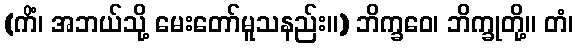
(ကိံ၊ အဘယ်သို့ မေးတော်မူသနည်း။) ဘိက္ခဝေ၊ ဘိက္ခုတို့။ တံ၊